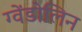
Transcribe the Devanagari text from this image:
ग्वेंडोलिन